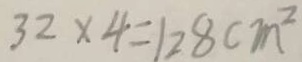
3 2 \times 4 = 1 2 8 c m ^ { 2 }